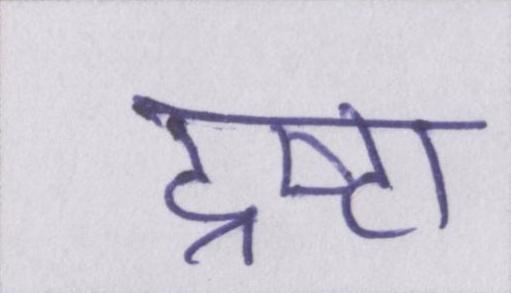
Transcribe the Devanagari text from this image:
द्रष्टा